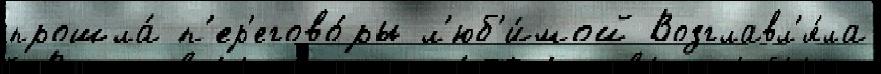
прошла́ п'ер'егово́ры л'юб'и́мой Возглавл'я́ла